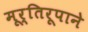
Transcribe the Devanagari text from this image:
मूर्तिरूपाने